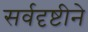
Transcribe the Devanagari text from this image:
सर्वदृष्टीने